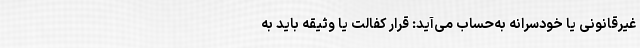
غیرقانونی یا خودسرانه به‌حساب می‌آید: قرار کفالت یا وثیقه باید به